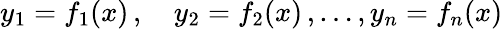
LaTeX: y_{1}=f_{1}(x)\, ,\quad y_{2}=f_{2}(x)\, ,\ldots,y_{n}=f_{n}(x)